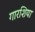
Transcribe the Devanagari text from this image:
गारशिया